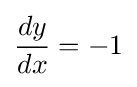
{\frac {dy}{dx}}=-1